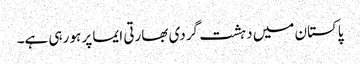
پاکستان میں دہشت گردی بھارتی ایما پر ہو رہی ہے۔